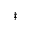
^ { \ddagger }